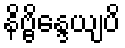
နိဗ္ဗိန္ဒေယျပိ